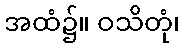
အထံ၌။ ဝသိတုံ၊